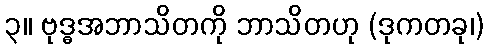
၃။ ဗုဒ္ဓအဘာသိတကို ဘာသိတဟု (ဒုကတခု၊)